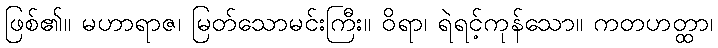
ဖြစ်၏။ မဟာရာဇ၊ မြတ်သောမင်းကြီး။ ဝိရာ၊ ရဲရင့်ကုန်သော။ ကတဟတ္ထာ၊